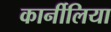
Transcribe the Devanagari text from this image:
कार्नीलिया